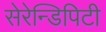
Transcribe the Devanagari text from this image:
सेरेन्डिपिटी